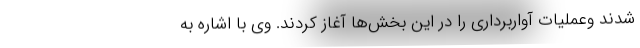
شدند وعملیات آواربرداری را در این بخش‌ها آغاز کردند. وی با اشاره به